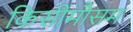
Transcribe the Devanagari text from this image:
किसीमौसम